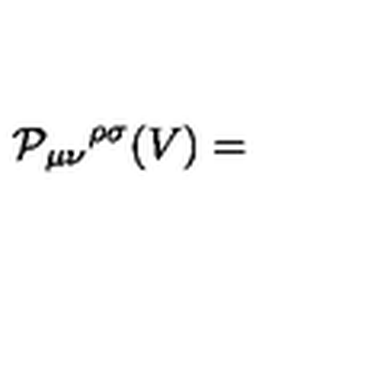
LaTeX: { \cal P } _ { \mu \nu } { } ^ { \rho \sigma } ( V ) =